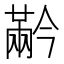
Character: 𰃬